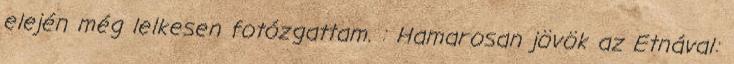
elején még lelkesen fotózgattam. : Hamarosan jövök az Etnával: